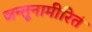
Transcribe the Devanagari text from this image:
जन्तूनामीरितं